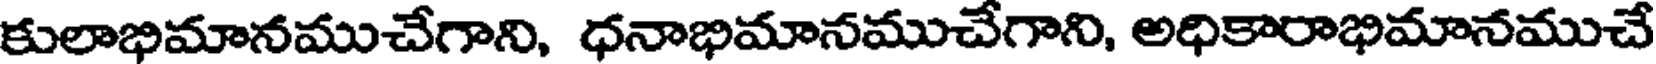
కులాభిమానముచేగాని, ధనాభిమానముచేగాని, అధికారాభిమానముచే